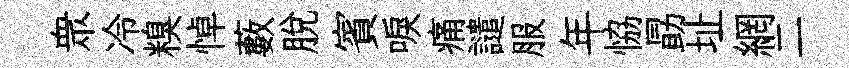
衆冷糗悼藪脱賓唳痛譴服年恊勗址網二